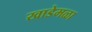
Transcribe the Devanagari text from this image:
खाडेमळा